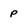
Character: p